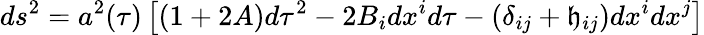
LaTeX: ds^{2}=a^{2}(\tau)\left[(1+2A)d\tau^{2}-2B_{i}dx^{i}d\tau-\left(\delta_{ij}+\mathfrak{h}_{ij}\right)dx^{i}dx^{j}\right]